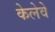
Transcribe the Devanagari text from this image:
केलेवे